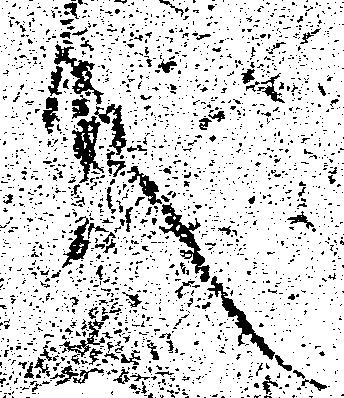
殿